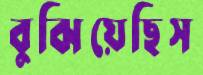
বুঝিয়েছিস